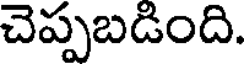
చెప్పబడింది.